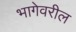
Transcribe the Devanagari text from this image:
भागेवरील